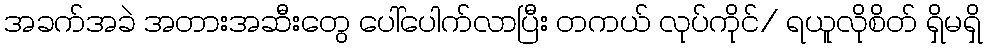
အခက်အခဲ အတားအဆီးတွေ ပေါ်ပေါက်လာပြီး တကယ် လုပ်ကိုင်/ ရယူလိုစိတ် ရှိမရှိ